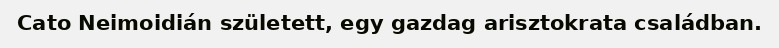
Cato Neimoidián született, egy gazdag arisztokrata családban.